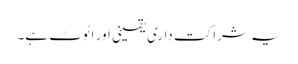
یہ شراکت داری یقینی اور اٹوٹ ہے۔